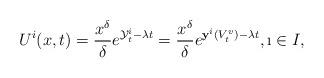
LaTeX: \begin{align*}U^i(x,t)=\frac{x^{\delta}}{\delta}e^{\mathcal{Y}_t^{i}-\lambda t}=\frac{x^{\delta}}{\delta}e^{\mathbf{y}^i(V_t^v)-\lambda t},\i\in I,\end{align*}